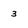
Character: 3